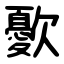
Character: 㱊